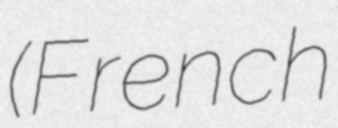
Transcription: (French